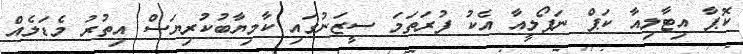
ކޮޕާ އިޓާލިއާ ކަޕް ނަޕޯލީއާ އެކު ފުރަތަމަ ސީޒަނުގައި ކާމިޔާބުކުރިޔަސް އިތުރު މެޑަލެއް